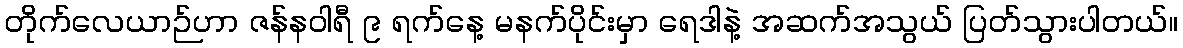
တိုက်လေယာဉ်ဟာ ဇန်နဝါရီ ၉ ရက်နေ့ မနက်ပိုင်းမှာ ရေဒါနဲ့ အဆက်အသွယ် ပြတ်သွားပါတယ်။